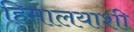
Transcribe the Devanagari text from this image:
हिमालयाशी